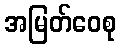
အမြတ်ဝေစု